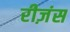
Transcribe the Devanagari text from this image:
रीज़ंस